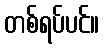
တစ်ရပ်ပင်။